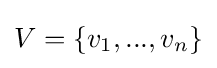
V=\{{{v}_{1}},...,{{v}_{n}}\}